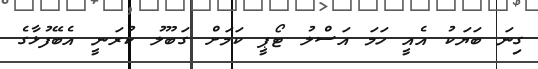
ގިނަ ބަޔަކު އެއީ ހަމަ އަސްލު ޓޯޕީ ކަމަށް ގަބޫލު ކުރަނީ އެބޭފުޅާގެ